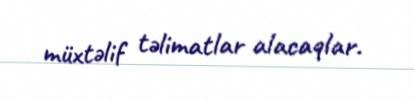
müxtəlif təlimatlar alacaqlar.